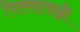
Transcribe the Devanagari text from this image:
पिल्लातान्नी